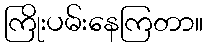
ကြိုးပမ်းနေကြတာ။